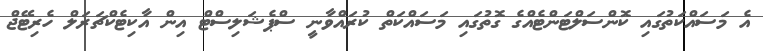
އެ މަސައްކަތުގައި ކޮންސަލްޓަންޓެއްގެ ގޮތުގައި މަސައްކަތް ކުރައްވާނީ ސްޕެޝަލިސްޓް އިން އާކިޓެކްޗަރަލް ހެރިޓޭޖް